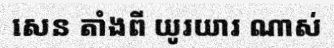
សេន តាំងពី យូរយារ ណាស់